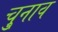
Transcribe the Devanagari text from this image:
चु्नाव